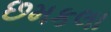
છમકલા